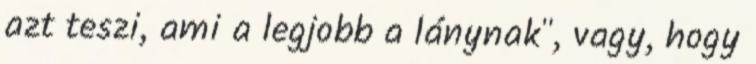
azt teszi, ami a legjobb a lánynak", vagy, hogy